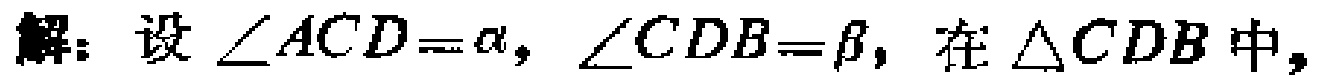
解：设\(\angle ACD = \alpha\)，\(\angle CDB=\beta\)，在\(\triangle CDB\)中，